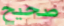
صحيح